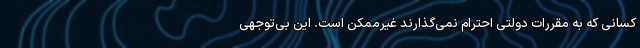
کسانی که به مقررات دولتی احترام نمی‌گذارند غیرممکن است. این بی‌توجهی